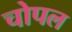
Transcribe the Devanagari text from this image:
चोपल